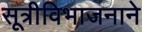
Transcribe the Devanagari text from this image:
सूत्रीविभाजनाने